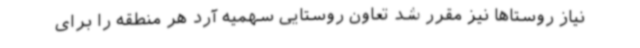
نیاز روستاها نیز مقرر شد تعاون روستایی سهمیه آرد هر منطقه را برای